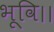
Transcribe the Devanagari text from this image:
भूवि।।